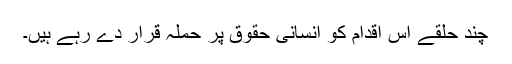
چند حلقے اس اقدام کو انسانی حقوق پر حملہ قرار دے رہے ہیں۔